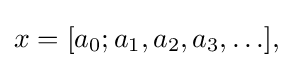
x=[a_{0};a_{1},a_{2},a_{3},\ldots ],\